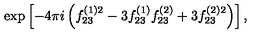
\exp \left[ - 4 \pi i \left( f _ { 2 3 } ^ { ( 1 ) 2 } - 3 f _ { 2 3 } ^ { ( 1 ) } f _ { 2 3 } ^ { ( 2 ) } + 3 f _ { 2 3 } ^ { ( 2 ) 2 } \right) \right] ,